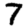
Digit: 7